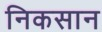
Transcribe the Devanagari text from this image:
निकसान